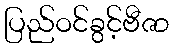
ပြည်ဝင်ခွင့်ဗီဇာ